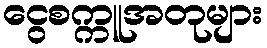
ငွေစက္ကူအတုများ